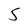
Character: 5